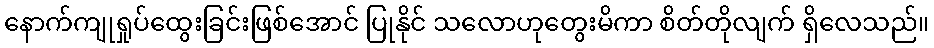
နောက်ကျုရှုပ်ထွေးခြင်းဖြစ်အောင် ပြုနိုင် သလောဟုတွေးမိကာ စိတ်တိုလျက် ရှိလေသည်။